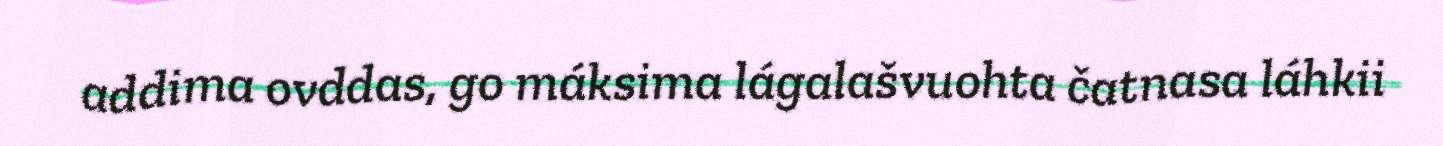
addima ovddas, go máksima lágalašvuohta čatnasa láhkii